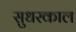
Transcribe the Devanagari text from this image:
सुधरकाल